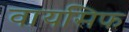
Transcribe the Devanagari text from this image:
वायसिफ